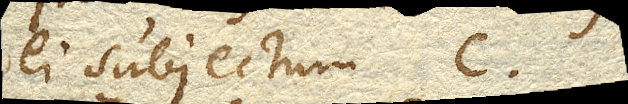
ei subjectum C.